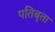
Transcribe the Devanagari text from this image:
पतिबृता